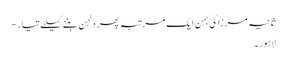
ثانیہ مرزا کی بہن ایک مرتبہ پھر دلہن بننے کیلئے تیار -
لاہور ۔